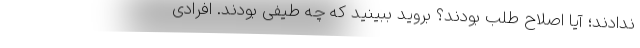
ندادند؛ آیا اصلاح طلب بودند؟ بروید ببینید که چه طیفی بودند. افرادی